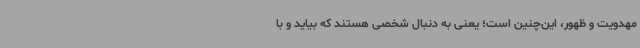
مهدویت و ظهور، این‌چنین است؛ یعنی به دنبال شخصی هستند که بیاید و با